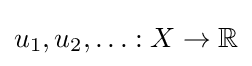
u_{1},u_{2},\ldots :X\to \mathbb {R}